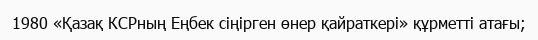
1980 «Қазақ КСРның Еңбек сіңірген өнер қайраткері» құрметті атағы;